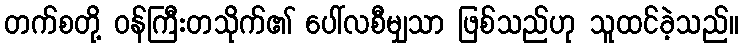
တက်စတို့ ဝန်ကြီးတသိုက်၏ ပေါ်လစီမျှသာ ဖြစ်သည်ဟု သူထင်ခဲ့သည်။